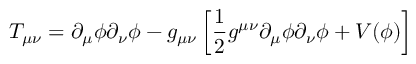
T _ { \mu \nu } = \partial _ { \mu } \phi \partial _ { \nu } \phi - g _ { \mu \nu } \left[ { \frac { 1 } { 2 } } g ^ { \mu \nu } \partial _ { \mu } \phi \partial _ { \nu } \phi + V ( \phi ) \right]